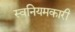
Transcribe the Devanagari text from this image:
स्वनियमकारी